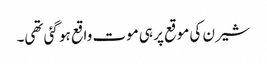
شیرن کی موقع پر ہی موت واقع ہو گئی تھی۔